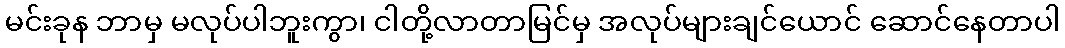
မင်းခုန ဘာမှ မလုပ်ပါဘူးကွာ၊ ငါတို့လာတာမြင်မှ အလုပ်များချင်ယောင် ဆောင်နေတာပါ